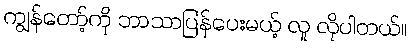
ကျွန်တော့်ကို ဘာသာပြန်ပေးမယ့် လူ လိုပါတယ်။